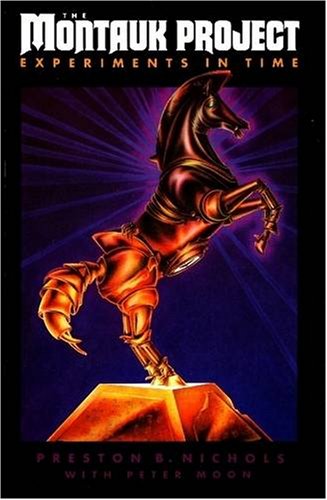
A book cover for The Montauk Project: Experiments in Time; Preston B. Nichols; Science & Math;